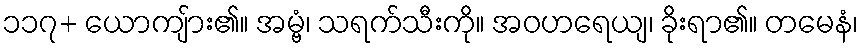
၁၁၇+ ယောကျ်ား၏။ အမ္ဗံ၊ သရက်သီးကို။ အဝဟရေယျ၊ ခိုးရာ၏။ တမေနံ၊